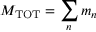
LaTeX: M _ { \mathrm { T O T } } = \sum _ { n } m _ { n }